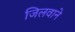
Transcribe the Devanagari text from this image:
जिलवाने